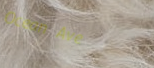
Ocean Ave